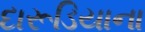
દારૂડિયાના